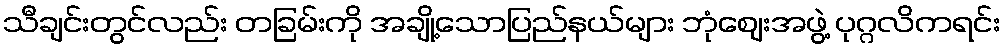
သီချင်းတွင်လည်း တခြမ်းကို အချို့သောပြည်နယ်များ ဘုံဈေးအဖွဲ့ ပုဂ္ဂလိကရင်း